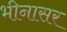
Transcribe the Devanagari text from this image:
भीनासर